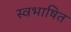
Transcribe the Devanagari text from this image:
स्वभाषित